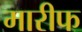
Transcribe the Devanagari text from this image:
मारीफ